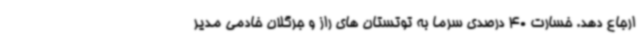
ارجاع دهد. خسارت 40 درصدی سرما به توتستان های راز و جرگلان خادمی مدیر